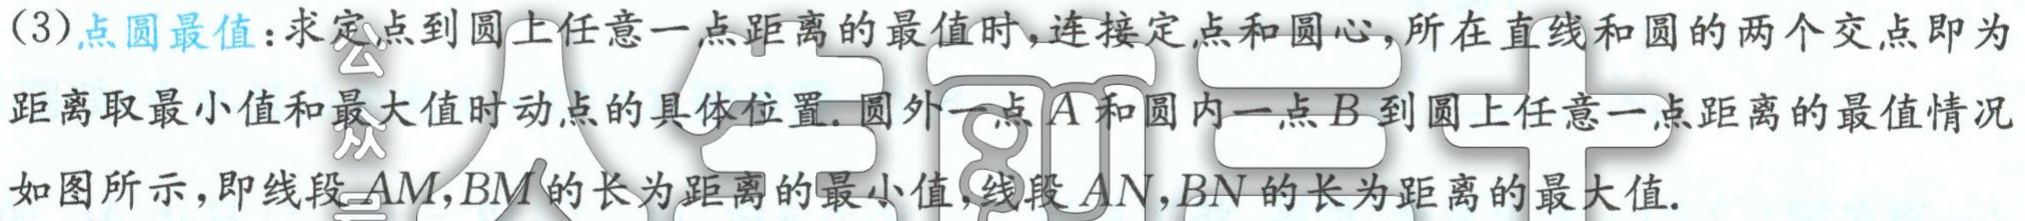
(3)点圆最值：求定点到圆上任意一点距离的最值时，连接定点和圆心，所在直线和圆的两个交点即为

距离取最小值和最大值时动点的具体位置. 圆外一点\(A\)和圆内一点\(B\)到圆上任意一点距离的最值情况

如图所示，即线段\(AM,BM\)的长为距离的最小值，线段\(AN,BN\)的长为距离的最大值.